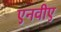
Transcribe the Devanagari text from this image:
एनवीए